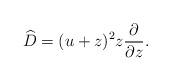
LaTeX: \begin{align*}\widehat{D}=(u+z)^2z\frac{\partial}{\partial z}.\end{align*}